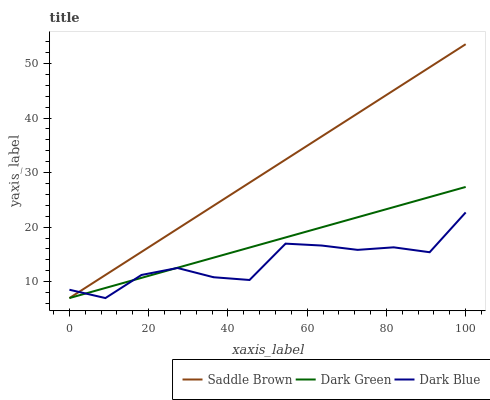
| xaxis_label | Saddle Brown | Dark Green | Dark Blue |
 | --- | --- | --- | --- |
 | 0 | 7 | 7 | 8.53 |
 | 9.09 | 11.2 | 8.85 | 7 |
 | 18.2 | 15.5 | 10.7 | 11.2 |
 | 27.3 | 19.7 | 12.6 | 12.5 |
 | 36.4 | 23.9 | 14.4 | 10.8 |
 | 45.5 | 28.2 | 16.3 | 10.3 |
 | 54.5 | 32.4 | 18.1 | 17 |
 | 63.6 | 36.6 | 20 | 16.6 |
 | 72.7 | 40.9 | 21.8 | 15.8 |
 | 81.8 | 45.1 | 23.7 | 16.3 |
 | 90.9 | 49.3 | 25.5 | 15.4 |
 | 100 | 53.5 | 27.4 | 22.7 |